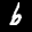
Label: 6